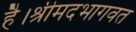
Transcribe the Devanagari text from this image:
है।श्रीमदभागवत